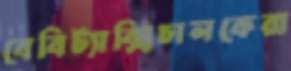
বেবিট্যাক্সিচালকেরা